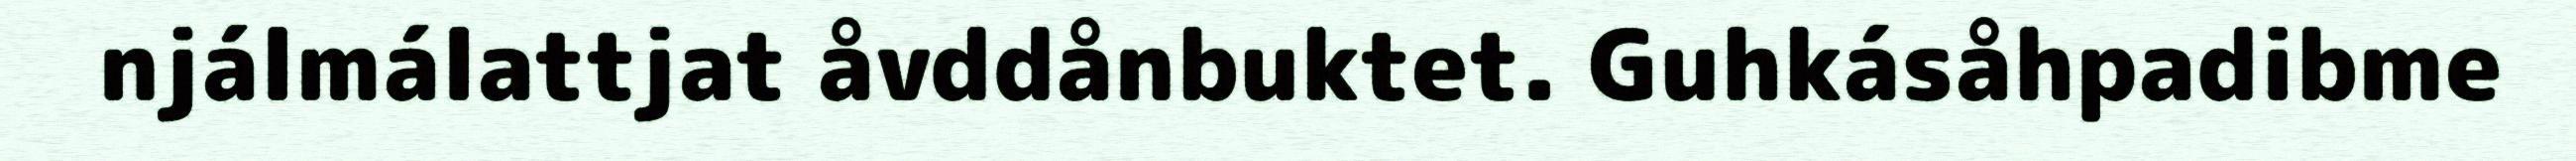
njálmálattjat åvddånbuktet. Guhkásåhpadibme